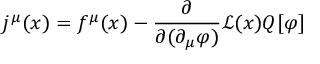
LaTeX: j ^ { \mu } ( x ) = f ^ { \mu } ( x ) - { \frac { \partial } { \partial ( \partial _ { \mu } \varphi ) } } { \mathcal { L } } ( x ) Q [ \varphi ]